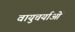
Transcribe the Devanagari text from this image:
वायुचर्याओं